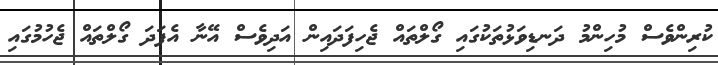
ކުރިންވެސް މުހިންމު ދަނޑިވަޅުތަކުގައި ގޯލްތައް ޖެހިފަދައިން އަދިވެސް އޭނާ އެފަދަ ގޯލްތައް ޖެހުމުގައި